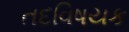
તદવિષયક